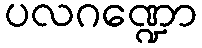
ပလဂဏ္ဍော